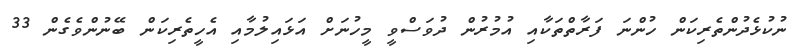
ނުކުޅެދުންތެރިކަން ހުންނަ ފަރާތްތަކާއި އުމުރުން ދުވަސްވީ މީހުނަށް އަޅައިލުމާއި އެހީތެރިކަން ބޭނުންވެގެން 33